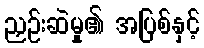
ညှဉ်းဆဲမှု၏ အပြစ်နှင့်